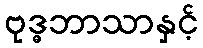
ဗုဒ္ဓဘာသာနှင့်